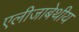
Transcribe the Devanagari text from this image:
एलीजाबेथीय